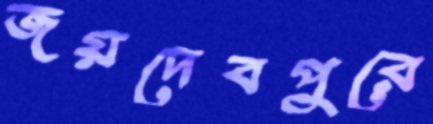
জয়দেবপুরে